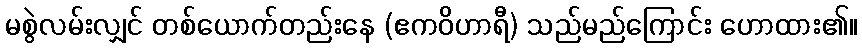
မစွဲလမ်းလျှင် တစ်ယောက်တည်းနေ (ဧကဝိဟာရီ) သည်မည်ကြောင်း ဟောထား၏။